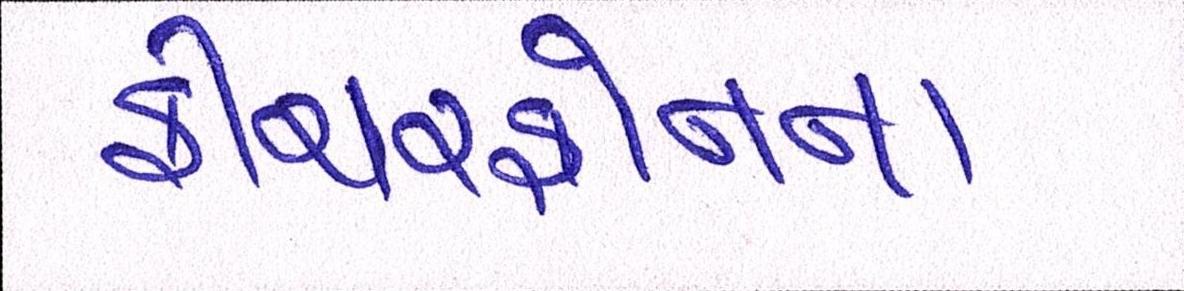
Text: ફીચરફોનના